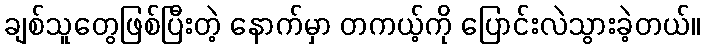
ချစ်သူတွေဖြစ်ပြီးတဲ့ နောက်မှာ တကယ့်ကို ပြောင်းလဲသွားခဲ့တယ်။